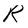
Character: R